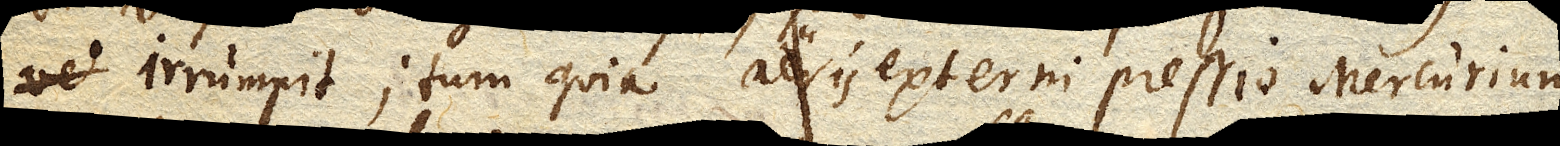
irrumpit; tum quia aeris externi pressio Mercurium